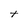
Character: t